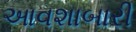
આવશાબારી